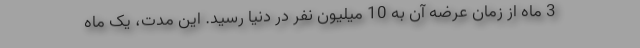
3 ماه از زمان عرضه آن به 10 میلیون نفر در دنیا رسید. این مدت، یک ماه